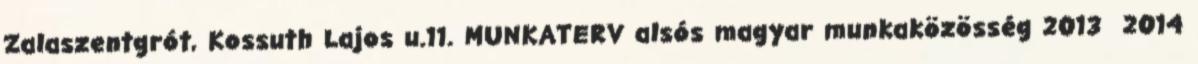
Zalaszentgrót, Kossuth Lajos u.11. MUNKATERV alsós magyar munkaközösség 2013 2014